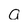
Character: a